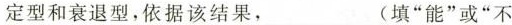
定型和衰退型，依据该结果，___(填”能”或”不